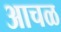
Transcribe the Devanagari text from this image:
आचळ